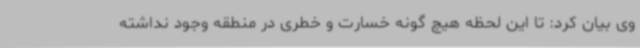
وی بیان کرد: تا این لحظه هیچ گونه خسارت و خطری در منطقه وجود نداشته